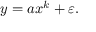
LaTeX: y = a x ^ { k } + \varepsilon .